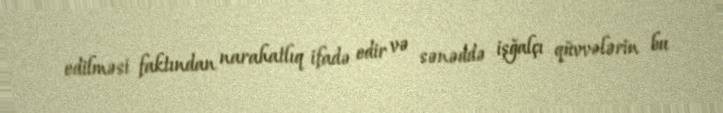
edilməsi faktından narahatlıq ifadə edir və sənəddə işğalçı qüvvələrin bu